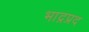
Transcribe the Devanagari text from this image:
भाद्रप्रद